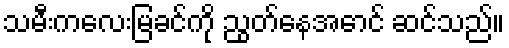
သမီးကလေးမြခင်ကို ညွတ်နေအောင် ဆင်သည်။